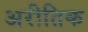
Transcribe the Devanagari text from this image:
अरीतिक